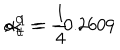
\alpha _ { t } ^ { 0 } = - 0 . 2 6 0 9 \hspace { 1 c m } ; \hspace { 1 c m } \alpha _ { t } ^ { 1 } = { \frac { 1 } { 4 } } ~ ~ .